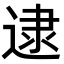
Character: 逮